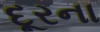
દૂરના